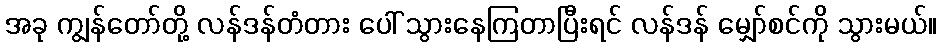
အခု ကျွန်တော်တို့ လန်ဒန်တံတား ပေါ် သွားနေကြတာပြီးရင် လန်ဒန် မျှော်စင်ကို သွားမယ်။